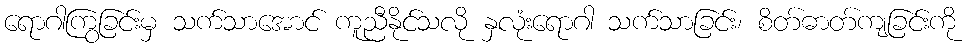
ရောဂါကြွခြင်းမှ သက်သာအောင် ကူညီနိုင်သလို နှလုံးရောဂါ သက်သာခြင်း၊ စိတ်ဓာတ်ကျခြင်းကို